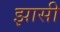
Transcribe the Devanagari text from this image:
झासी